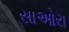
સાઓરા